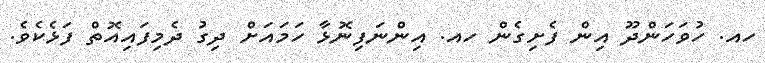
ހއ. ހުވަހަންދޫ އިން ފެށިގެން ހއ. އިންނަފިނޮޅާ ހަމައަށް ދިގު ދެމިފައިއޮތް ފަޅެކެވެ.